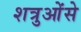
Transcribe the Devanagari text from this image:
शत्रुओंसे